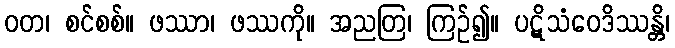
ဝတ၊ စင်စစ်။ ဖဿာ၊ ဖဿကို။ အညတြ၊ ကြဉ်၍။ ပဋိသံဝေဒိဿန္တိ၊